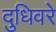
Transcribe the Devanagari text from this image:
दुधिवरे